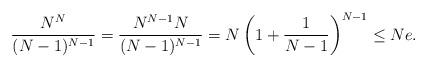
LaTeX: \begin{align*}\frac{N^N}{(N-1)^{N-1}}=\frac{N^{N-1}N}{(N-1)^{N-1}}=N\left(1+\frac{1}{N-1}\right)^{N-1}\le Ne.\end{align*}